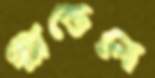
প্যান্ডেলে